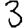
Digit: 3